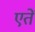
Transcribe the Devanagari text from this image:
एतें